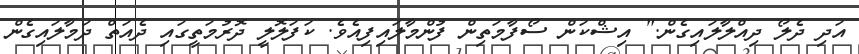
އަދި ދެލޯ ދިއްލާލައިގެން." އިޝްކަން ސޯފާމަތިން ފުންމާލައިފިއެވެ. ކަފަލޮލީ ދޮރުމަތީގައި ދެއަތް ދަމާލައިގެން